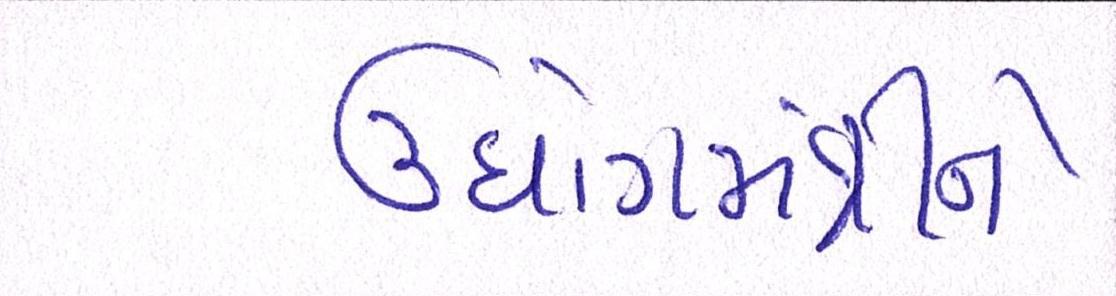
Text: ઉધોગમંત્રીને